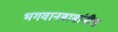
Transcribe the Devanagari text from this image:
भगवानबाबांनीच